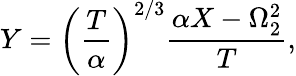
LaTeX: Y=\left(\frac{T}{\alpha}\right)^{2/3}\frac{\alpha X-\Omega_{2}^{2}}{T},